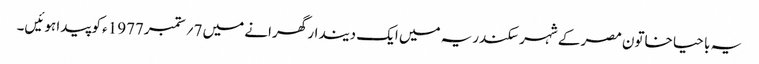
یہ با حیا خاتون مصر کے شہر سکندریہ میں ایک دیندار گھرانے میں 7؍ ستمبر1977ء کو پیدا ہوئیں۔